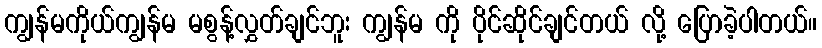
ကျွန်မကိုယ်ကျွန်မ မစွန့်လွှတ်ချင်ဘူး ကျွန်မ ကို ပိုင်ဆိုင်ချင်တယ် လို့ ပြောခဲ့ပါတယ်။